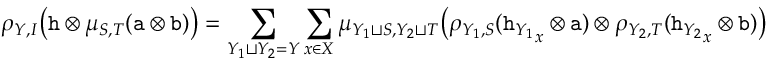
\rho _ { Y , I } \big ( \mathtt { h } \otimes \mu _ { S , T } ( \mathtt { a } \otimes \mathtt { b } ) \big ) = \sum _ { Y _ { 1 } \sqcup Y _ { 2 } = Y } \sum _ { x \in X } \mu _ { Y _ { 1 } \sqcup S , Y _ { 2 } \sqcup T } \big ( \rho _ { Y _ { 1 } , S } ( { \mathtt { h } _ { Y _ { 1 } } } _ { x } \otimes \mathtt { a } ) \otimes \rho _ { Y _ { 2 } , T } ( { \mathtt { h } _ { Y _ { 2 } } } _ { x } \otimes \mathtt { b } ) \big )